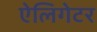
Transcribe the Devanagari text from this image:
ऐलिगेटर